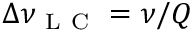
\Delta \nu _ { \mathrm { ~ L ~ C ~ } } = \nu / Q